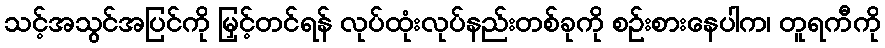
သင့်အသွင်အပြင်ကို မြှင့်တင်ရန် လုပ်ထုံးလုပ်နည်းတစ်ခုကို စဉ်းစားနေပါက၊ တူရကီကို